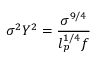
\sigma ^ { 2 } Y ^ { 2 } = \frac { \sigma ^ { 9 / 4 } } { l _ { p } ^ { 1 / 4 } f }